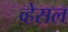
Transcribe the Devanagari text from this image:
व्हेसल